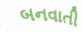
બનવાતી